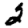
Digit: 2